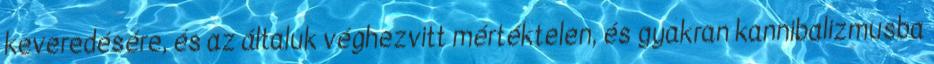
keveredésére, és az általuk véghezvitt mértéktelen, és gyakran kannibalizmusba